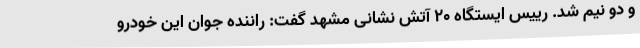
و دو نیم شد. رییس ایستگاه ٢٠ آتش نشانی مشهد گفت: راننده جوان این خودرو